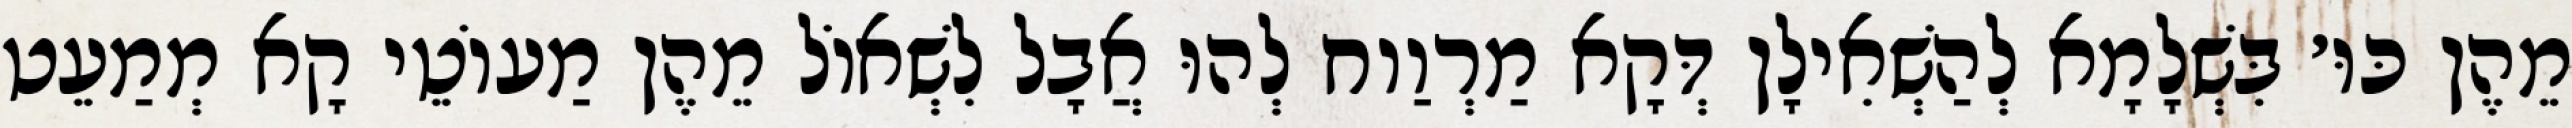
מֵהֶן כּוּ׳ בִּשְׁלָמָא לְהַשְׁאִילָן דְּקָא מַרְוַוח לְהוּ אֲבָל לִשְׁאוֹל מֵהֶן מַעוֹטֵי קָא מְמַעֵט